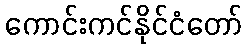
ကောင်းကင်နိုင်ငံတော်